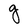
Character: g